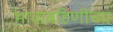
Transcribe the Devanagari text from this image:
भावाबहिणींच्या